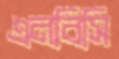
এনবিসি